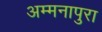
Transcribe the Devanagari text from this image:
अम्मनापुरा